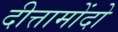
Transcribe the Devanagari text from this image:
दीत्तामोंदो